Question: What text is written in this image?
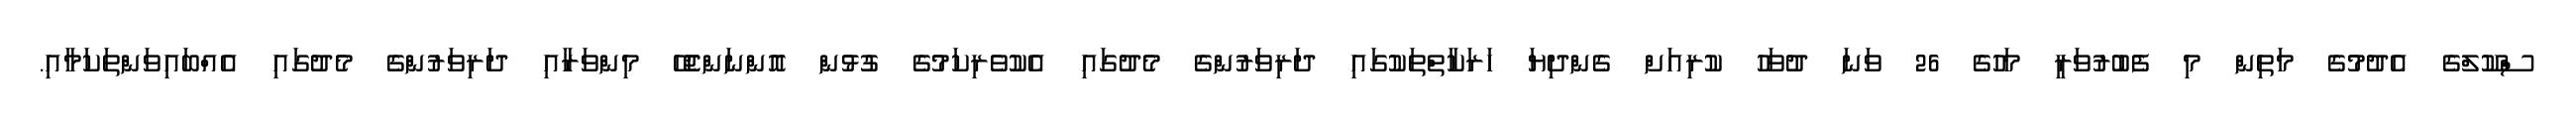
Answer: ސްކޫލްގެ އެދުމުގެ މަތިން މި ފެބުރުވަރީ މަހުގެ 26 ވަނަ ދުވަހު ކުރިއަށް ގެންދިޔަ ހަރަކާތްތަކުގައި ދަރިވަރުންގެ މެދުގައި އެކުވެރިކަމުގެ ގުޅުން އޮންނަންޖެހޭ މިންވަރާއި ދަރިވަރުންގެ މެދުގައި އެއްބައިވަންތަކަމާއި.